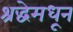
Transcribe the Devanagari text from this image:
श्रद्धेमधून